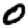
Digit: 0